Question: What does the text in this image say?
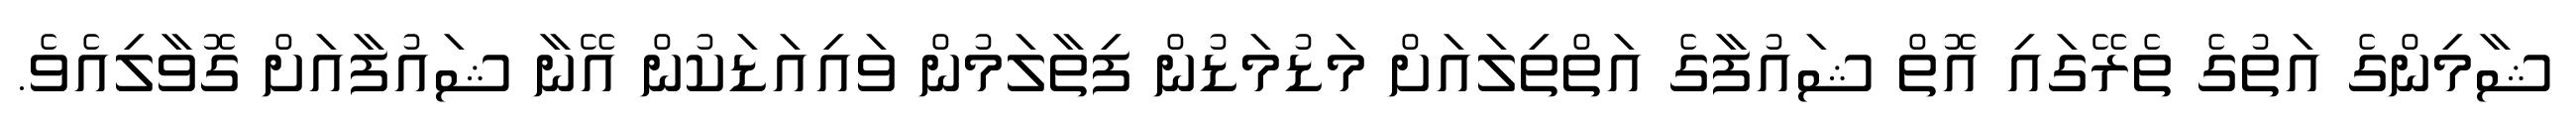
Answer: ޝާމިންގެ އަތުގެ ތެރޭގައި އޮތް ޝައުފާގެ އަތްތިލައަށް މަޑުމަޑުން ފިތާލަމުން ވައިއަޑަކުން އޭނާ ޝައުފާއަށް ގޮވާލިއެވެ.